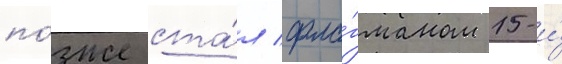
по́зже ста́л фла́гманом 15-и́